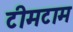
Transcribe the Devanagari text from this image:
टीमटाम